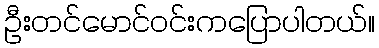
ဦးတင်မောင်ဝင်းကပြောပါတယ်။